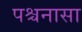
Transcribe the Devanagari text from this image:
पश्चनासा